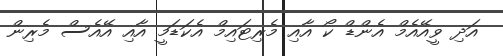
އަދި ވީއޭއެމް އެންޑް ކޯ އާއި މެރިޓައިމް އެކަޑަމީ އާއި އޭއެސް މެރިން